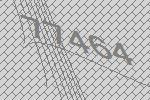
77464